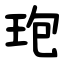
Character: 玸